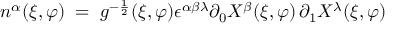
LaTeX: n ^ { \alpha } ( \xi , \varphi ) \; = \; g ^ { - \frac { 1 } { 2 } } ( \xi , \varphi ) \epsilon ^ { \alpha \beta \lambda } \partial _ { 0 } X ^ { \beta } ( \xi , \varphi ) \, \partial _ { 1 } X ^ { \lambda } ( \xi , \varphi )